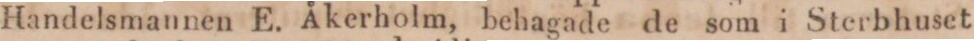
Handelsmannen E. Åkerholm, behagade de som i Sterbhuset